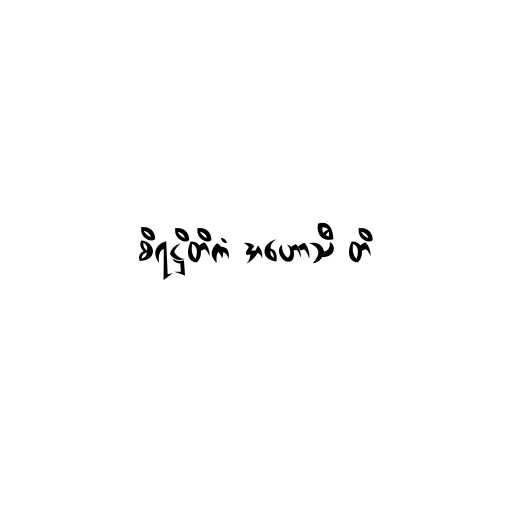
စိရဋ္ဌိတိကံ အဟောသီ တိ